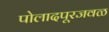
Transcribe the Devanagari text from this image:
पोलादपूरजवळ